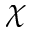
\chi